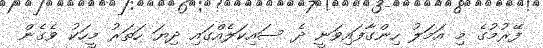
ފޭރުމުގެ މި އަމަލު ހިންގާފައިވަނީ ދެ ސައިކަލެއްގައި ދިޔަ ހަތަރު މީހަކު ވެގެން